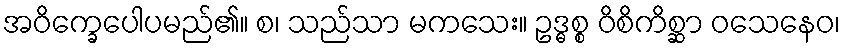
အဝိက္ခေပေါပမည်၏။ စ၊ သည်သာ မကသေး။ ဥဒ္ဓစ္စ ဝိစိကိစ္ဆာ ဝသေနေဝ၊